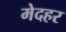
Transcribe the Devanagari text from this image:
मेदहर